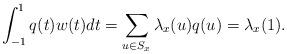
LaTeX: \begin{align*}\int_{-1}^1 q(t)w(t)dt=\sum_{u\in S_x}\lambda_x(u)q(u)=\lambda_x(1).\end{align*}